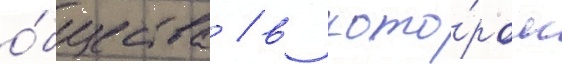
о́бщества / в кото́ром